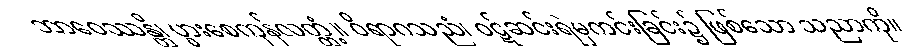
ဘာဝေဿန္တိ၊ ပွားစေကုန်လတ္တံ့။ ဝိရာဂသညံ၊ ဝဋ်ဆင်းရဲမှကင်းခြင်း၌ ဖြစ်သော သညာကို။